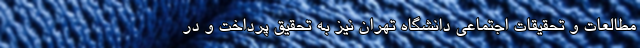
مطالعات و تحقیقات اجتماعی دانشگاه تهران نیز به تحقیق پرداخت و در